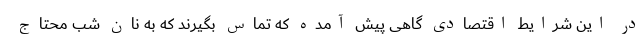
در این شرایط اقتصادی گاهی پیش آمده که تماس بگیرند که به نان شب محتاج